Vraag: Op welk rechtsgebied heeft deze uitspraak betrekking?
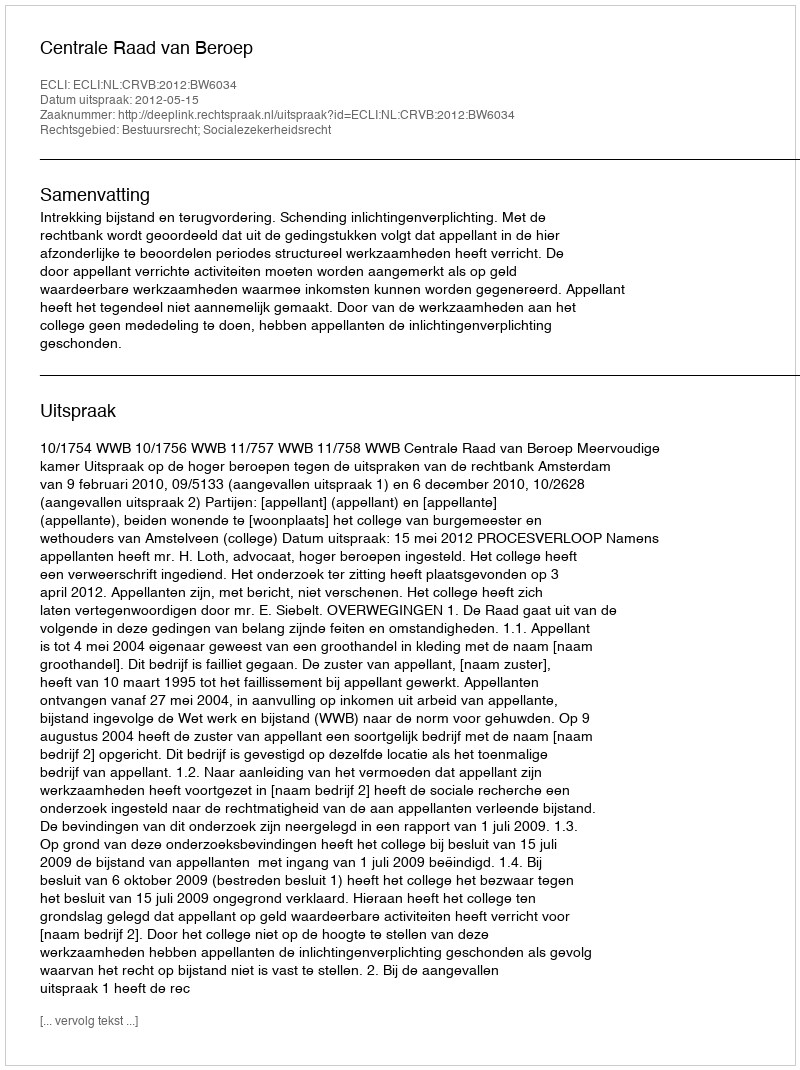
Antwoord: Bestuursrecht; Socialezekerheidsrecht